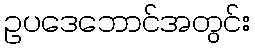
ဥပဒေဘောင်အတွင်း